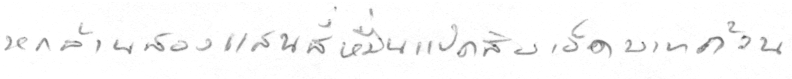
หกล้านสองแสนสี่หมื่นแปดสิบเอ็ดบาทถ้วน